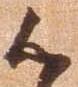
候